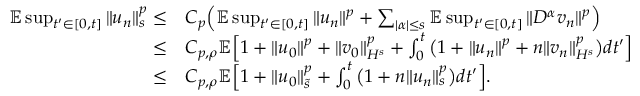
\begin{array} { r l } { \mathbb E \operatorname* { s u p } _ { t ^ { \prime } \in [ 0 , t ] } \| u _ { n } \| _ { s } ^ { p } \leq } & { C _ { p } \Big ( \mathbb E \operatorname* { s u p } _ { t ^ { \prime } \in [ 0 , t ] } \| u _ { n } \| ^ { p } + \sum _ { | \alpha | \leq s } \mathbb E \operatorname* { s u p } _ { t ^ { \prime } \in [ 0 , t ] } \| D ^ { \alpha } v _ { n } \| ^ { p } \Big ) } \\ { \leq } & { C _ { p , \rho } \mathbb E \Big [ 1 + \| u _ { 0 } \| ^ { p } + \| v _ { 0 } \| _ { H ^ { s } } ^ { p } + \int _ { 0 } ^ { t } \big ( 1 + \| u _ { n } \| ^ { p } + n \| v _ { n } \| _ { H ^ { s } } ^ { p } \big ) d t ^ { \prime } \Big ] } \\ { \leq } & { C _ { p , \rho } \mathbb E \Big [ 1 + \| u _ { 0 } \| _ { \tilde { s } } ^ { p } + \int _ { 0 } ^ { t } \big ( 1 + n \| u _ { n } \| _ { s } ^ { p } \big ) d t ^ { \prime } \Big ] . } \end{array}